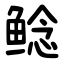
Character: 鲶